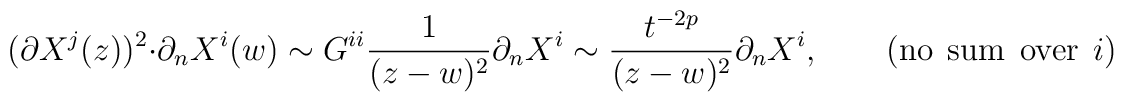
(\partial X^j(z))^2 \cdot \partial_n X^i(w) \sim G^{ii}\frac{1}{(z-w)^2}\partial_n X^i \sim \frac{t^{-2p}}{(z-w)^2}\partial_n X^i, \qquad ({\rm no}~~{\rm sum}~~{\rm over}~~i)